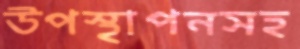
উপস্থাপনসহ